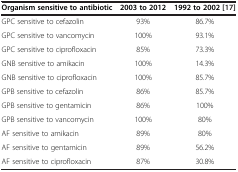
| Organism sensitive to antibiotic | 2003 to 2012 | 1992 to 2002 [17] |
 | --- | --- | --- |
 | GPC sensitive to cefazolin | 93% | 86.7% |
 | GPC sensitive to vancomycin | 100% | 93.1% |
 | GPC sensitive to ciprofloxacin | 85% | 73.3% |
 | GNB sensitive to amikacin | 100% | 14.3% |
 | GNB sensitive to ciprofloxacin | 100% | 85.7% |
 | GPB sensitive to cefazolin | 86% | 85.7% |
 | GPB sensitive to gentamicin | 86% | 100% |
 | GPB sensitive to vancomycin | 100% | 80% |
 | AF sensitive to amikacin | 89% | 80% |
 | AF sensitive to gentamicin | 89% | 56.2% |
 | AF sensitive to ciprofloxacin | 87% | 30.8% |